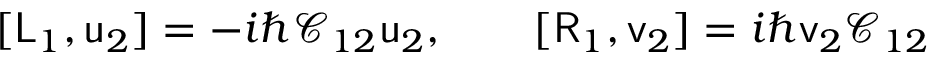
[ \mathsf { L } _ { 1 } , \mathsf { u } _ { 2 } ] = - i \hbar \mathsf { \mathcal { C } } _ { 1 2 } \mathsf { u } _ { 2 } , \qquad [ \mathsf { R } _ { 1 } , \mathsf { v } _ { 2 } ] = i \hbar \mathsf { v } _ { 2 } \mathsf { \mathcal { C } } _ { 1 2 }